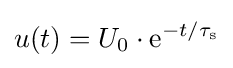
u(t)=U_{0}\cdot \mathrm {e} ^{-t/\tau _{\mathrm {s} }}